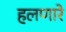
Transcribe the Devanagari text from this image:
हलणारे